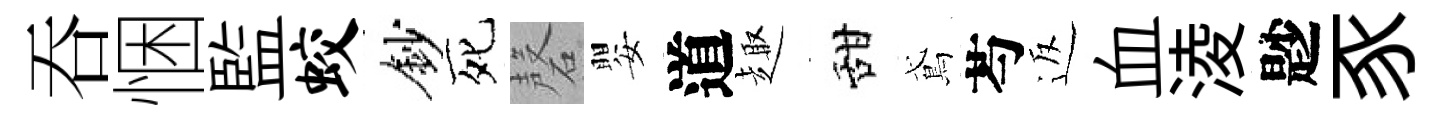
吞悃監蛟鈔死磬嬰道趣甜鳶芍返血淩尟豕